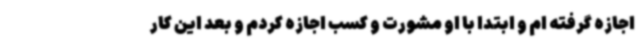
اجازه گرفته ام و ابتدا با او مشورت و کسب اجازه کردم و بعد این کار